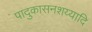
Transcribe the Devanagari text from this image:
पादुकासनशय्यादि